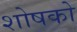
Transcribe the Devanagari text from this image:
शोषको